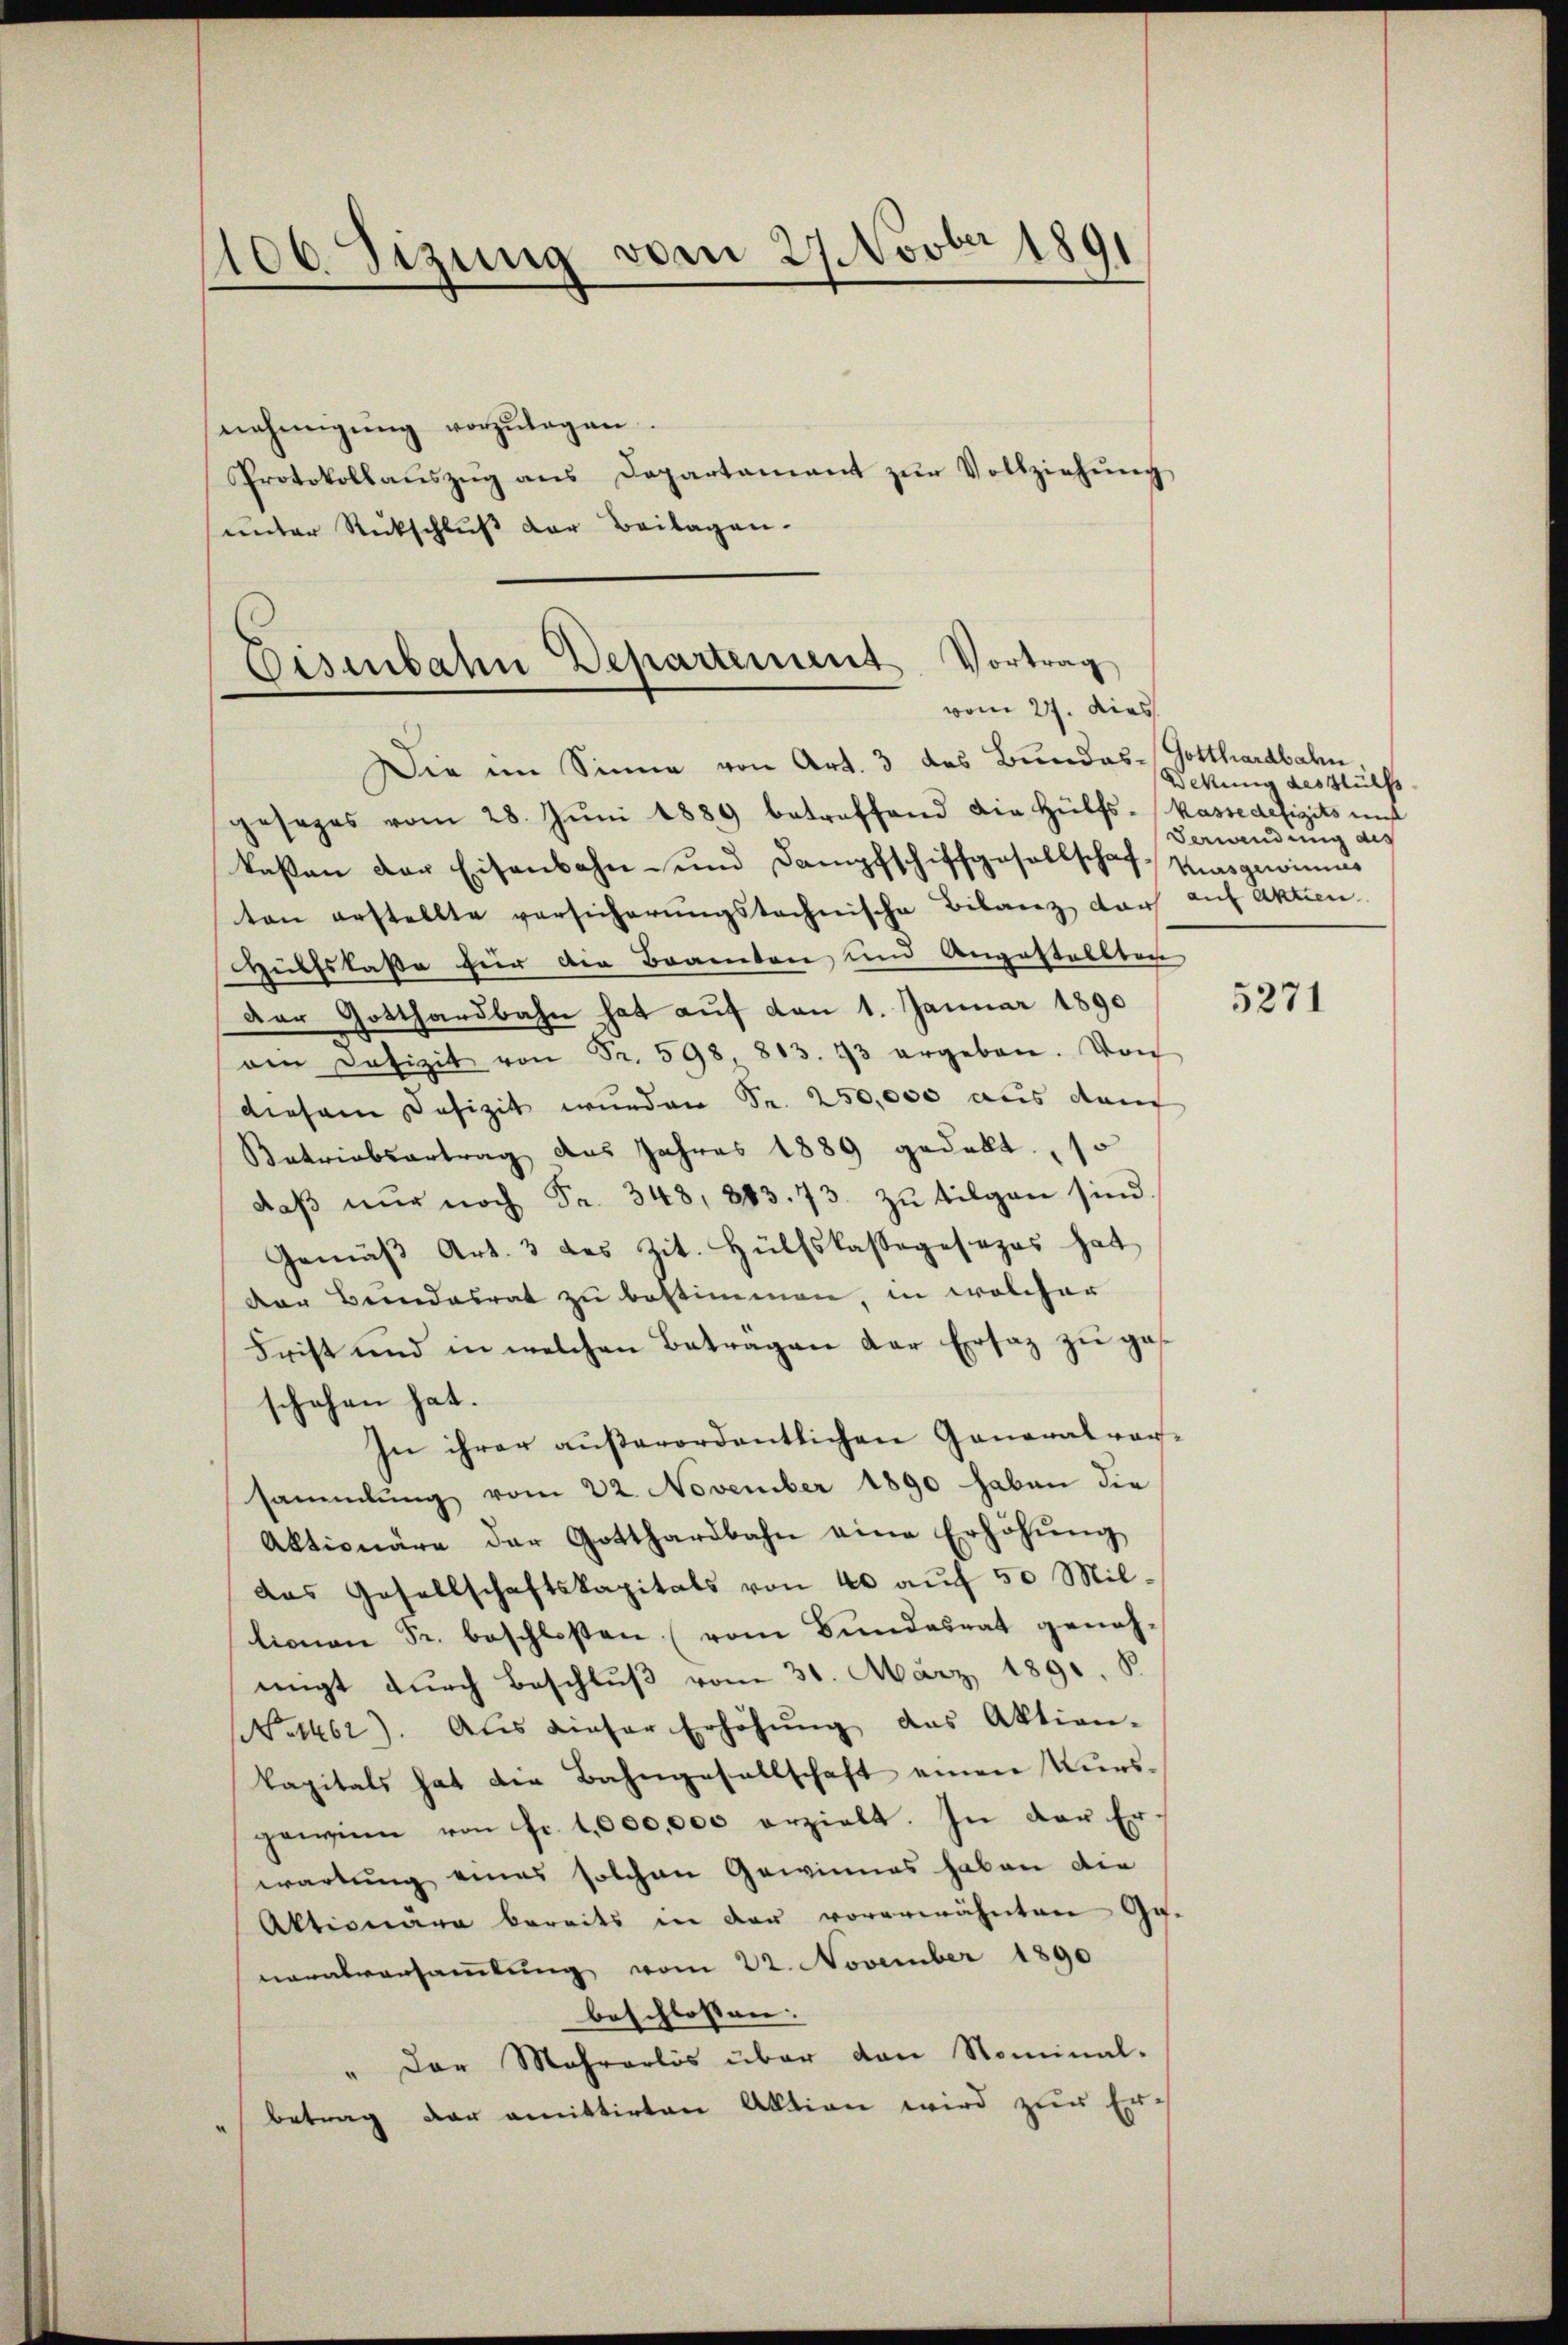
1106. Sizung vom 29. Novber 1891
¬

nehmigŭng vorzŭlagen.
Protokollaŭszŭg ans Departamant zŭr Vollziehŭng
unter Rückschluß der Beilagen.

Eisenbahn Departement Vortrag
vom 27. dies

Die im Sinne von Art. 3 des Bundes-Gotthardbahn.
gesages vom 28. Jŭni 1889 betreffend die Hülfs-Kasse defizits unt
kassen der Eisenbahn- und Dampfschiffgesellschaf Kursgewinius
ten erstellte versicherungstochnische Bibanez darf auf aktien.
Hülfslaße für die Branten und Augestallbar
Der Gotthardbahn hat auf den 1. Januar 1890
am Defizit von Fr. 598 813. 73 ergeben. Von
diesem Defizit wunden Sr. 250,000 aus dem
Katriabsartrag das Jahres 1889 gedekt. 1
daβ nŭr noch Fr. 348, 883. 73. zŭ tilgen sind.
Gemäβ Art. 3 des Zit. Hülfskassagesezes hat
der Beendesrat zu bestimmen, in welcher
Frist und in welchen Beträgen der Ersatz zu ges
schehen hat.
In ihrer außerordentlichen Generalvor-
sammlung vom 22. November 1890 haben die
Aktionäre der Gotthardbahn eine Erhöhŭng
das Gesellschaftskapitals von 40 auf 50 Millionen Fr. beschlossen (vom Bundesrat geneh-
nigt durch Beschluß vom 31. März 1891. 8.
Net46). Aus dieser Erhöhŭng das Aktion-
kapitals hat die Bahngesellschaft einen Kursgewinn von Fr. 1,000,000 erzielt. In der Erwartŭng eines solchen Gewinnes haben die
Aktionäre bereits in der vorerwähnten Ge-
neralversammlung vom 22. November 1890
beschlossen.
" Der Mehrerlös über von Nominal-
betrag der amittirten Aktion wird zur Er-

Dekung des Hülfs
Verandung des

5271